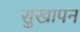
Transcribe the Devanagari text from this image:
सुखापन